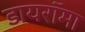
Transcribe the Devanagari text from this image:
डायरॉमा